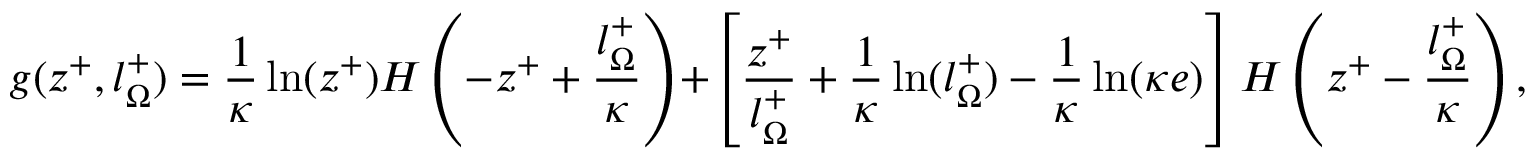
g ( z ^ { + } , l _ { \Omega } ^ { + } ) = \frac { 1 } { \kappa } \ln ( z ^ { + } ) H \left( - z ^ { + } + \frac { l _ { \Omega } ^ { + } } { \kappa } \right) + \left[ \frac { z ^ { + } } { l _ { \Omega } ^ { + } } + \frac { 1 } { \kappa } \ln ( l _ { \Omega } ^ { + } ) - \frac { 1 } { \kappa } \ln ( \kappa e ) \right] H \left( z ^ { + } - \frac { l _ { \Omega } ^ { + } } { \kappa } \right) ,